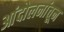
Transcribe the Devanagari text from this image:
आंदोलनांतून